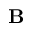
\mathbf { B }